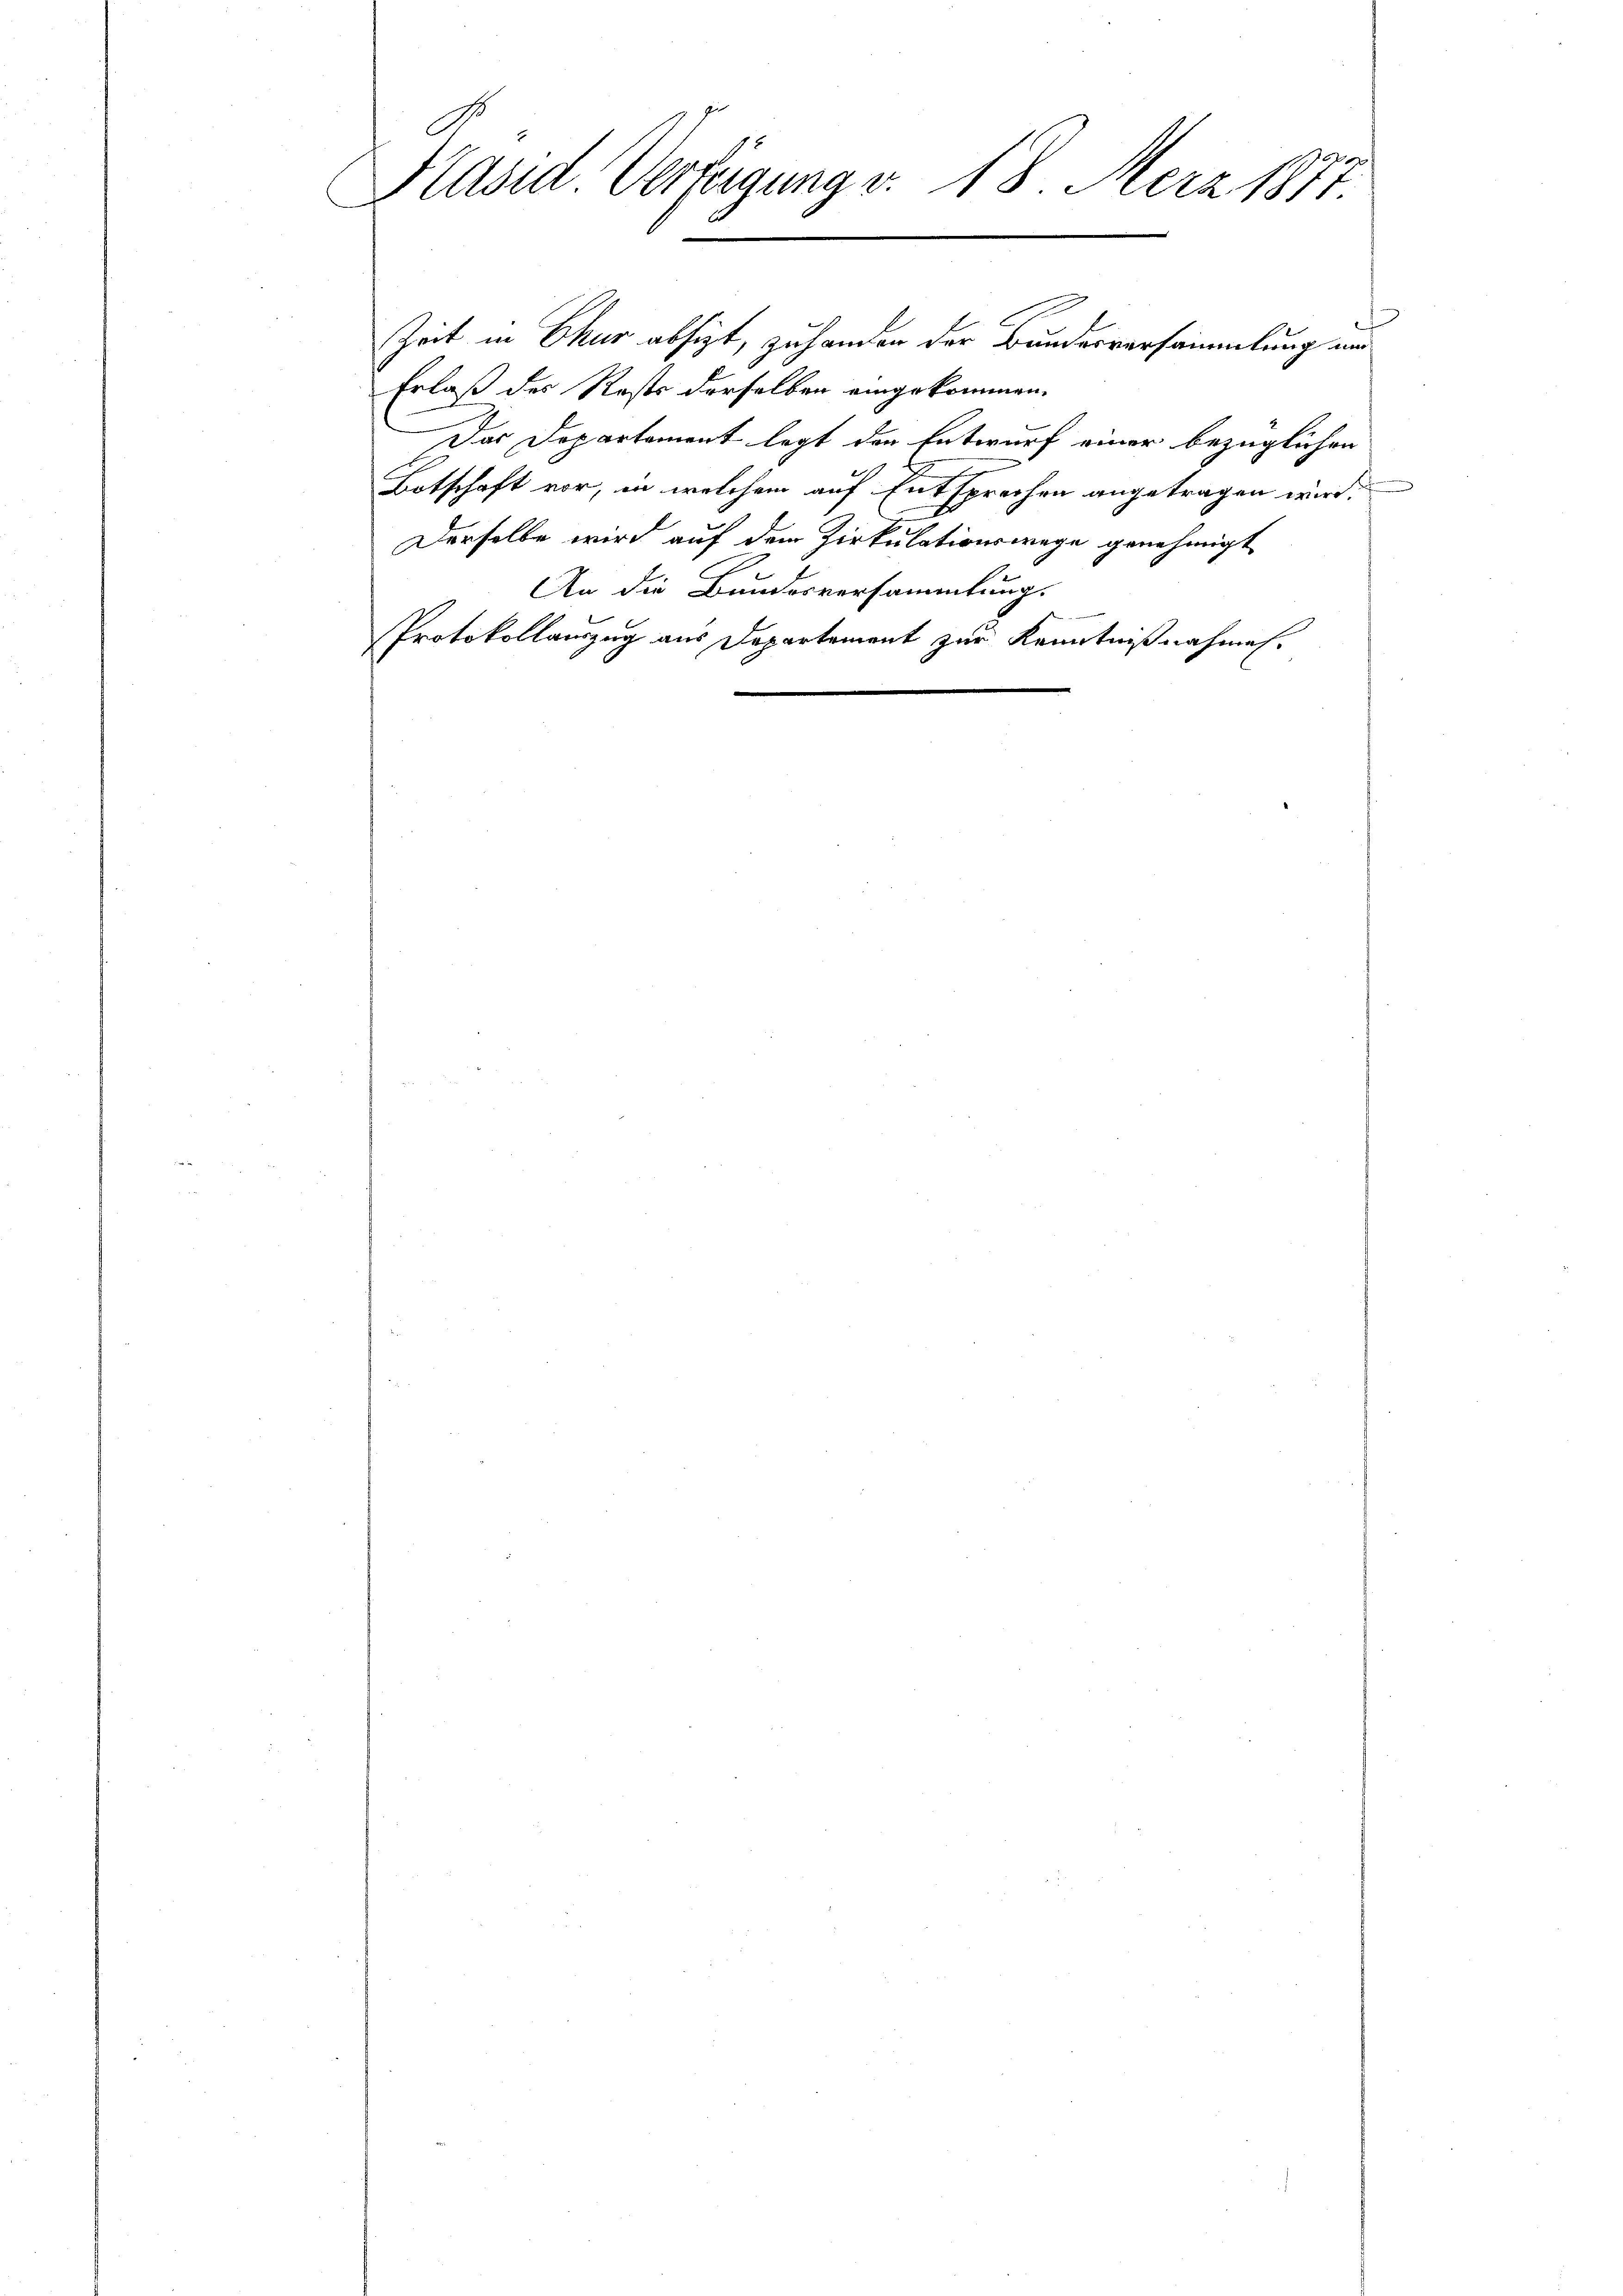
Präsid Verfügung v. 18. Merz 1877.

Zeit in Chur absizt, zu handen der Bundesversammlung un
Erlaß des Rosts derselben eingekommen.
Das Departement legt den Entwurf einer bezüglichen
Botschaft vor, in welchem auf Entsprechen angetragen wird.
Derselbe wird auf dem Zirkulativeswege genehmigt
An die Bundesversammlung.
Protokollauszug aus Departement zur Kenntnißnahmen.